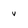
Character: v